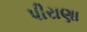
પીરાણા